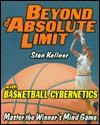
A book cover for Beyond the Absolute Limit: Stan Kellner's Nationally Acclaimed "Yes, I Can!" Basketball Success Program, Featuring Cybernetics Training, A Rap Publication; I Can!" Basketball Success Program Stan Kellner's Nationally Acclaimed "Yes; Computers & Technology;